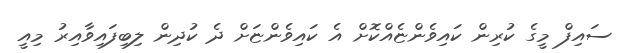
ސައިފް މީގެ ކުރިން ކައިވެންޏެއްކޮށް އެ ކައިވެންޏަށް ދެ ކުދިން ލިބިފައިވާއިރު މިއީ